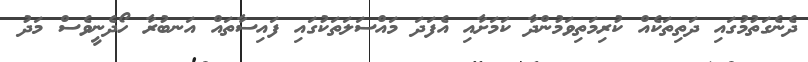
ދެނެގަތުމުގައި ދަތިތަކެއް ކުރިމަތިވަމުންދާ ކަމަށާއި އެފަދަ މައްސަލަތަކުގައި ފައިސާތައް އަނބުރާ ހޯދެނީވެސް މަދު